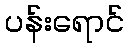
ပန်းရောင်